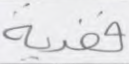
ففدية